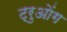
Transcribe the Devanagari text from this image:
ट्रुओंग